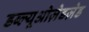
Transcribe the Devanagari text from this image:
डब्ल्यूओज़ेडज़ेड